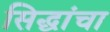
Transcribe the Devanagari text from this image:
सिद्धांचा